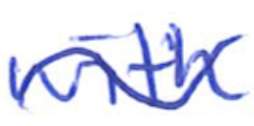
Text: with
Cross-out: wave
Writing tool: ballpoint